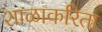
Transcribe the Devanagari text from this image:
शाळाकरिता